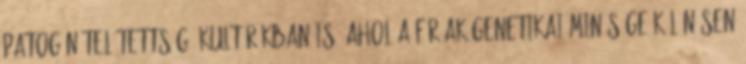
patogén-telítettségű kultúrákban is, ahol a férﬁak genetikai minősége különösen